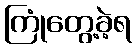
ကြုံတွေ့ခဲ့ရ